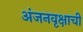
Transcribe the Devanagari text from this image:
अंजनवृक्षाची